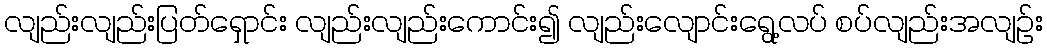
လျည်းလျည်းပြတ်ရှောင်း လျည်းလျည်းကောင်း၍ လျည်းလျောင်းရွေ့လပ် စပ်လျည်းအလျဉ်း